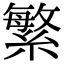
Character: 繁